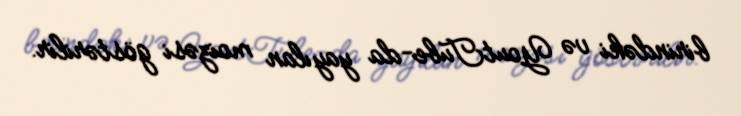
birindəki və YoutTube-da yayılan moizəsi göstərilir.